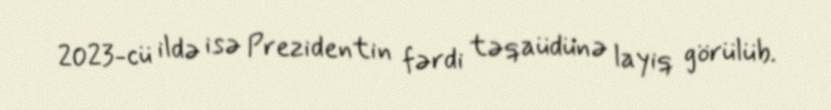
2023-cü ildə isə Prezidentin fərdi təqaüdünə layiq görülüb.